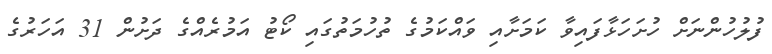
ފުލުހުންނަށް ހުށަހަޅާފައިވާ ކަމަށާއި ވައްކަމުގެ ތުހުމަތުގައި ކޯޓު އަމުރެއްގެ ދަށުން 31 އަހަރުގެ